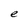
Character: e